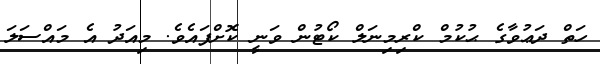
ހަތް ދަޢުވާގެ ޙުކުމް ކްރިމިނަލް ކޯޓުން ވަނީ ކޮށްފައެވެ. މިއަދު އެ މައްސަލަ